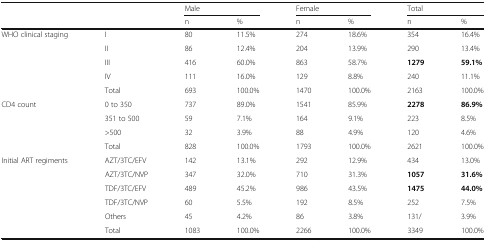
<table><thead><tr><td rowspan="2"></td><td rowspan="2"></td><td colspan="2"><b>Male</b></td><td colspan="2"><b>Female</b></td><td colspan="2"><b>Total</b></td></tr><tr><td><b>n</b></td><td><b>%</b></td><td><b>n</b></td><td><b>%</b></td><td><b>n</b></td><td><b>%</b></td></tr></thead><tbody><tr><td rowspan="5">WHO clinical staging</td><td>I</td><td>80</td><td>11.5%</td><td>274</td><td>18.6%</td><td>354</td><td>16.4%</td></tr><tr><td>II</td><td>86</td><td>12.4%</td><td>204</td><td>13.9%</td><td>290</td><td>13.4%</td></tr><tr><td>III</td><td>416</td><td>60.0%</td><td>863</td><td>58.7%</td><td><b>1279</b></td><td><b>59.1%</b></td></tr><tr><td>IV</td><td>111</td><td>16.0%</td><td>129</td><td>8.8%</td><td>240</td><td>11.1%</td></tr><tr><td>Total</td><td>693</td><td>100.0%</td><td>1470</td><td>100.0%</td><td>2163</td><td>100.0%</td></tr><tr><td rowspan="4">CD4 count</td><td>0 to 350</td><td>737</td><td>89.0%</td><td>1541</td><td>85.9%</td><td><b>2278</b></td><td><b>86.9%</b></td></tr><tr><td>351 to 500</td><td>59</td><td>7.1%</td><td>164</td><td>9.1%</td><td>223</td><td>8.5%</td></tr><tr><td>&gt;500</td><td>32</td><td>3.9%</td><td>88</td><td>4.9%</td><td>120</td><td>4.6%</td></tr><tr><td>Total</td><td>828</td><td>100.0%</td><td>1793</td><td>100.0%</td><td>2621</td><td>100.0%</td></tr><tr><td rowspan="6">Initial ART regiments</td><td>AZT/3TC/EFV</td><td>142</td><td>13.1%</td><td>292</td><td>12.9%</td><td>434</td><td>13.0%</td></tr><tr><td>AZT/3TC/NVP</td><td>347</td><td>32.0%</td><td>710</td><td>31.3%</td><td><b>1057</b></td><td><b>31.6%</b></td></tr><tr><td>TDF/3TC/EFV</td><td>489</td><td>45.2%</td><td>986</td><td>43.5%</td><td><b>1475</b></td><td><b>44.0%</b></td></tr><tr><td>TDF/3TC/NVP</td><td>60</td><td>5.5%</td><td>192</td><td>8.5%</td><td>252</td><td>7.5%</td></tr><tr><td>Others</td><td>45</td><td>4.2%</td><td>86</td><td>3.8%</td><td>131/</td><td>3.9%</td></tr><tr><td>Total</td><td>1083</td><td>100.0%</td><td>2266</td><td>100.0%</td><td>3349</td><td>100.0%</td></tr></tbody></table>